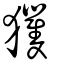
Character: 玃